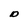
Character: D